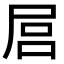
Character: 𡱶